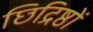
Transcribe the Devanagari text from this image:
छिद्रिष्ठों